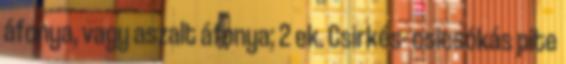
áfonya, vagy aszalt áfonya; 2 ek. Csirkés- csicsókás pite